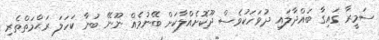
ސަމީރާ ގައިގާ ބައްދާލައި ދުވަހަކުވެސް ދޫކޮށެއްލާކަށް ބޭނުމެއް ނޫނޭ ބުނާ ކަހަލަ ރަޙްމަތްތެރި